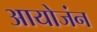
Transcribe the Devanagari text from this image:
आयोजंन